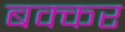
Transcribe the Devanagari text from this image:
बक्कर